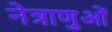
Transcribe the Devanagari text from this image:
नेत्राणुओं